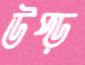
উপ্‌ড়